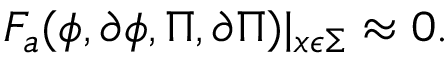
F _ { a } ( \phi , \partial \phi , \Pi , \partial \Pi ) | _ { x \epsilon \Sigma } \approx 0 .